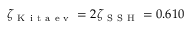
\zeta _ { \mathrm { ~ K ~ i ~ t ~ a ~ e ~ v ~ } } = 2 \zeta _ { \mathrm { ~ S ~ S ~ H ~ } } = 0 . 6 1 0